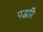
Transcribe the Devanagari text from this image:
पद्धरि